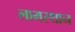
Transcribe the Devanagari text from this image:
लामस्थान